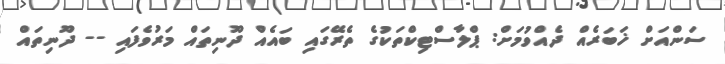
ސަންއަށް ޚަބަރެއް ދެއްވުމަށް: ޕްލާސްޓިކްތަކުގެ ތެރޭގައި ބައެއް ދޫނިތައް މަރުވެފައި -- ދޫނިތައް